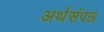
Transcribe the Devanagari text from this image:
अर्थसंपन्न